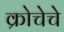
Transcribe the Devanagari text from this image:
क्रोचेचे